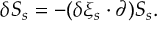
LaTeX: \delta S _ { s } = - ( \delta \xi _ { s } \cdot \partial ) S _ { s } .